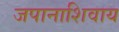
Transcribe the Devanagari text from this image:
जपानाशिवाय